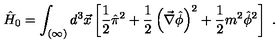
\hat { H } _ { 0 } = \int _ { ( \infty ) } d ^ { 3 } \vec { x } \left[ \frac { 1 } { 2 } \hat { \pi } ^ { 2 } + \frac { 1 } { 2 } \left( \vec { \nabla } \hat { \phi } \right) ^ { 2 } + \frac { 1 } { 2 } m ^ { 2 } \hat { \phi } ^ { 2 } \right] \ .